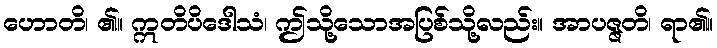
ဟောတိ၊ ၏။ ဣတိပိဒေါသံ၊ ဤသို့သောအပြစ်သို့လည်း။ အာပဇ္ဇတိ၊ ရာ၏။